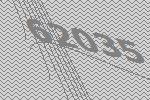
62035